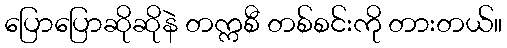
ပြောပြောဆိုဆိုနဲ တက္ကစီ တစ်စင်းကို တားတယ်။